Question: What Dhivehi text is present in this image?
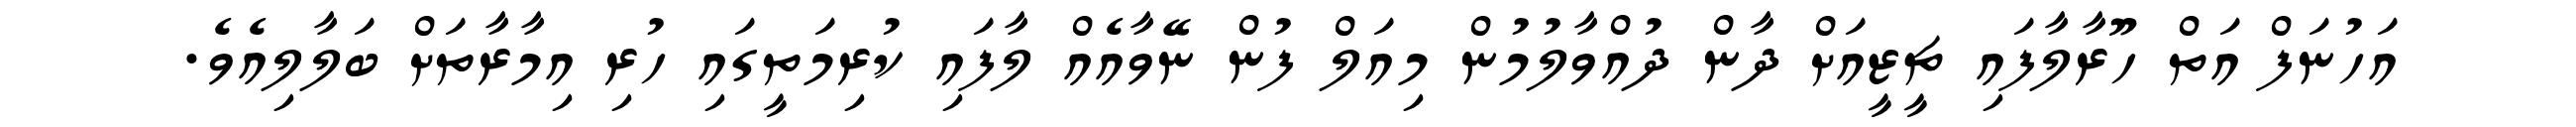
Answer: އަހުނަފް އަތް ހޫރާލާފައި ޗީޒީއަށް ދާން ދުއްވާލުމުން މިއަލް ފުން ނޭވާއެއް ލާފައި ކުރިމަތީގައި ހުރި އިމާރާތަށް ބަލާލިއެވެ.